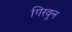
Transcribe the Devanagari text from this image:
गिरवून